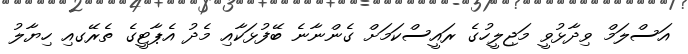
އަސްލަމް ވިދާޅުވީ މަޖިލީހުގެ ރައީސްކަމަށް ގެންނާނެ ބޭފުޅަކާއި މެދު އެޕާޓީގެ ތެރޭގއި ހިޔާލު